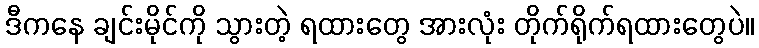
ဒီကနေ ချင်းမိုင်ကို သွားတဲ့ ရထားတွေ အားလုံး တိုက်ရိုက်ရထားတွေပဲ။